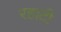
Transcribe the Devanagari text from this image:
रहाटी